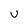
Character: U